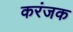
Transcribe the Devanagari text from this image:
करंजक